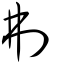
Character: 刜